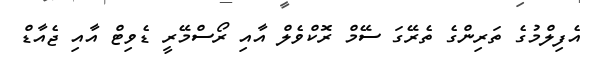
އެފިލްމުގެ ތަރިންގެ ތެރޭގަ ސޭމް ރޮކްވެލް އާއި ރޯސްމޭރީ ޑެވިޓް އާއި ޖެއާޑް